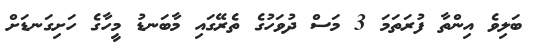
ބަލިވެ އިންތާ ފުރަތަމަ 3 މަސް ދުވަހުގެ ތެރޭގައި މާބަނޑު މީހާގެ ހަށިގަނޑަށް